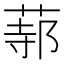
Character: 𦵟